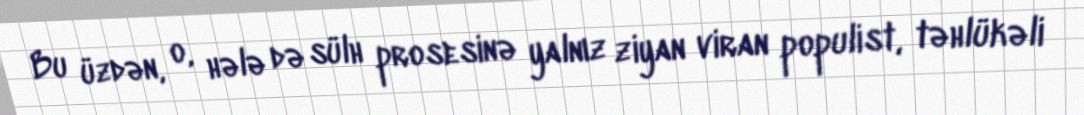
Bu üzdən, o, hələ də sülh prosesinə yalnız ziyan viran populist, təhlükəli